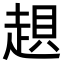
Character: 𧼀